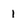
Character: 1